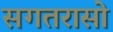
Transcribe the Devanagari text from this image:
सगतरासो